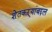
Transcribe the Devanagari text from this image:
शेतकऱ्यांबद्दल